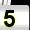
Digit: 5